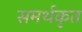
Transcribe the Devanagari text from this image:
समर्थकृत